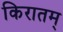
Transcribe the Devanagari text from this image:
किरातम्